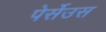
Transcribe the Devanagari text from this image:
पेर्सेउस